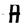
Character: A